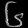
Digit: ၆